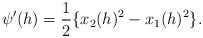
\begin{align*} \begin{aligned} \psi'(h)&=\frac{1}{2}\{x_2(h)^2-x_1(h)^2\}. \end{aligned} \end{align*}